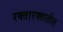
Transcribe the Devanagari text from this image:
रक्तारक्तातील